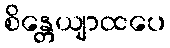
စိန္တေယျာထပေ